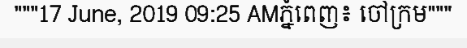
"""17 June, 2019 09:25 AMភ្នំពេញ៖ ចៅក្រម"""